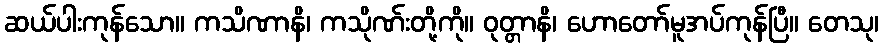
ဆယ်ပါးကုန်သော။ ကသိဏာနိ၊ ကသိုဏ်းတို့ကို။ ဝုတ္တာနိ၊ ဟောတော်မူအပ်ကုန်ပြီ။ တေသု၊